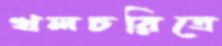
খলচরিত্রে